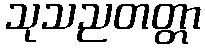
သုသညတတ္တာ